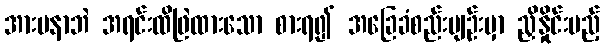
အားမနာဘဲ အရင်းထိဖြဲထားသော စားရ၍ အခြေခံစည်းမျဉ်းမှာ ညှိနှိုင်းမည့်